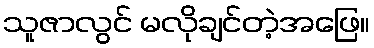
သူဇာလွင် မလိုချင်တဲ့အဖြေ။